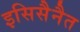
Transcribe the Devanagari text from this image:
इसिसैनैत